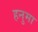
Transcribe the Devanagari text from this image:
हनुमा